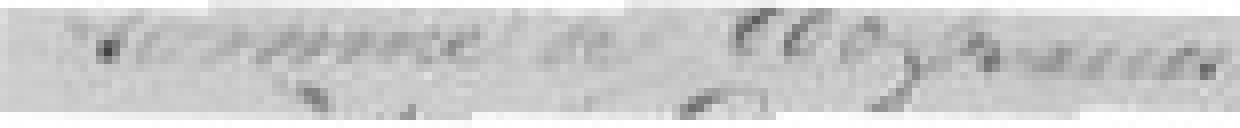
somme de 800 francs